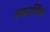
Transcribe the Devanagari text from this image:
शब्दार्थिक